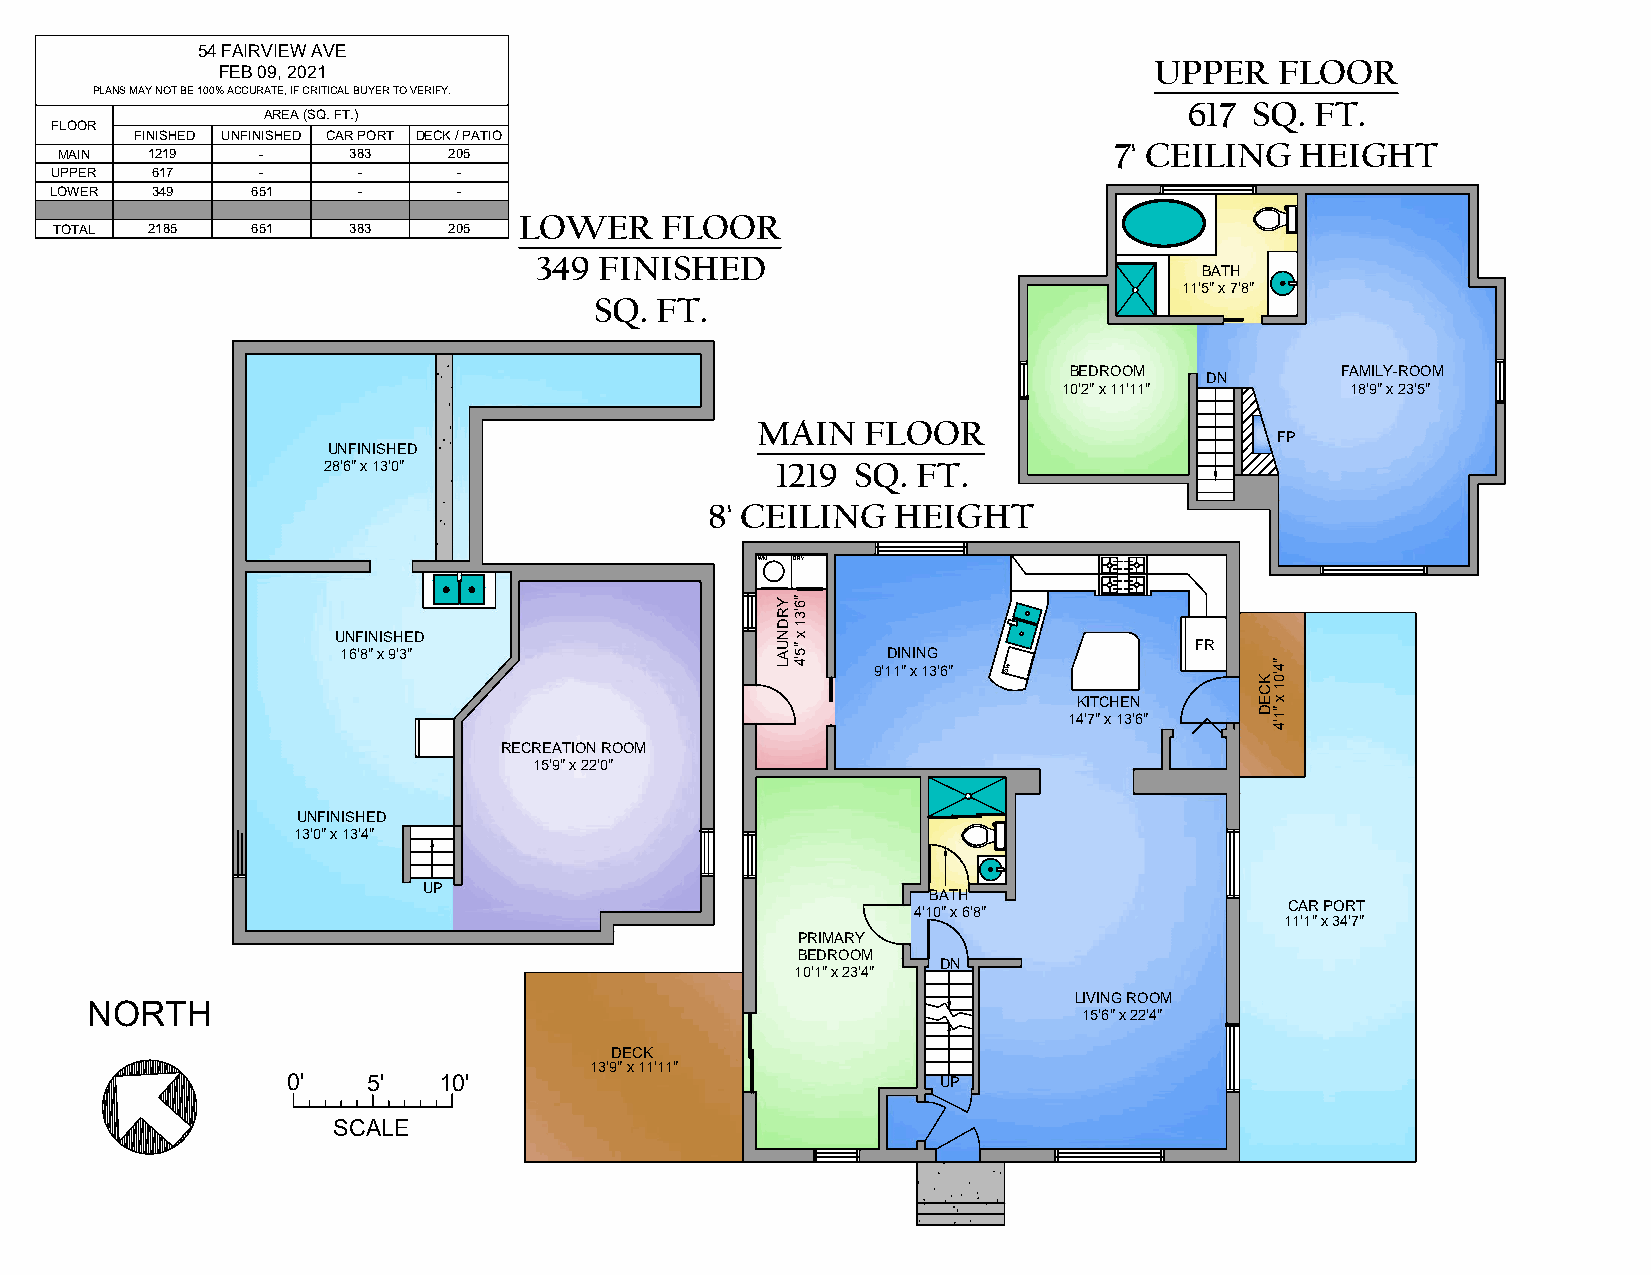
54 FAIRVIEW AVE
 UPPER    FLOOR
 FEB 09, 2021
 PLANS MAY NOT BE 100 ACCURATE, IF CRITICAL BUYER TO VERIFY.
 617 SQ. FT.
 AREA (SQ. FT.)
 FLOOR
 FINISHED UNFINISHED CAR PORT DECK PATIO
 7' CEILING  HEIGHT
 MAIN  1219   -     383    205
 UPPER  617    -      -     -
 LOWER  349    651    -     -
 LOWER     FLOOR
 TOTAL 2185   651   383    205
 349  FINISHED
 BATH
 11'5" x 7'8"
 SQ. FT.
 BEDROOM           FAMILY-ROOM
 DN
 10'2" x 11'11"     18'9" x 23'5"
 MAIN   FLOOR
 FP
 UNFINISHED
 28'6" x 13'0"                 1219  SQ. FT.
 8' CEILING  HEIGHT
 WM DRY
 UNFINISHED
 FR 16'8" x 9'3" DINING
 9'11" x 13'6" DW
 KITCHEN
 14'7" x 13'6"
 RECREATION ROOM
 15'9" x 22'0"
 UNFINISHED
 13'0" x 13'4"
 UP
 BATH
 CAR PORT
 4'10" x 6'8"
 11'1" x 34'7"
 PRIMARY
 BEDROOM
 DN
 10'1" x 23'4"
 LIVING ROOM
 NORTH
 15'6" x 22'4"
 DECK
 13'9" x 11'11"
 00'' 55'' 1100''                           UP
 SCALE
 YRDNUAL "6'31
 x
 "5'4
 KCED
 "4'01
 x
 "1'4